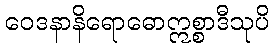
ဝေဒနာနိရောဓောဣစ္စာဒီသုပိ